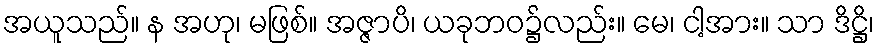
အယူသည်။ န အဟု၊ မဖြစ်။ အဇ္ဇာပိ၊ ယခုဘဝ၌လည်း။ မေ၊ ငါ့အား။ သာ ဒိဋ္ဌိ၊